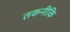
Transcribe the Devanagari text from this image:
तकनीकि